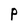
Character: P